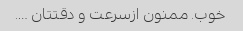
خوب. ممنون ازسرعت و دقتتان ….